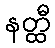
နတ္ထီ